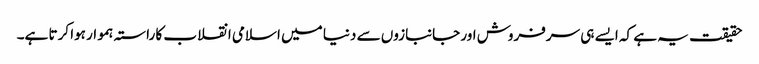
حقیقت یہ ہے کہ ایسے ہی سرفروش اور جانبازوں سے دنیا میں اسلامی انقلاب کا راستہ ہموار ہوا کرتا ہے۔